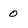
Character: 0